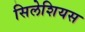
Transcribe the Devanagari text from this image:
सिलेशियस